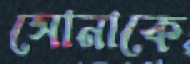
সোনাকে